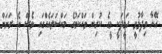
އޭނާ ވިދާޅުވީ ހަމީދަކީ މީގެ ކުރިން ވައްކަމުގެ މައްސަލައެއްގައި ވެސް އެ ރަށަށް